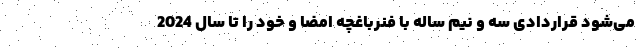
می‌شود قراردادی سه و نیم ساله با فنرباغچه امضا و خود را تا سال 2024